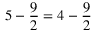
5 - { \frac { 9 } { 2 } } = 4 - { \frac { 9 } { 2 } }